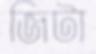
জিটা